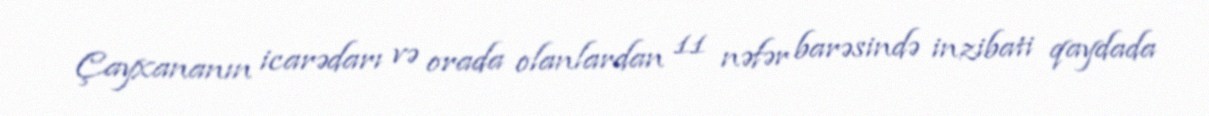
Çayxananın icarədarı və orada olanlardan 11 nəfər barəsində inzibati qaydada